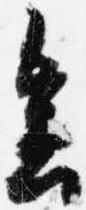
会